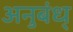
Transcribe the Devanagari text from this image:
अनुबंध्